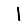
Digit: 1